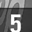
Digit: 5